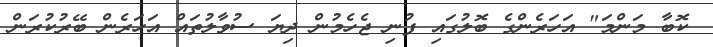
ކޮބާ މަންމަ" އަހަރެންގެ ބޮލުގައި ފުނި ޖެހެމުން ދިޔަ ސުވާލުތައް އަހަރެން ބޭރުކުރަން